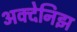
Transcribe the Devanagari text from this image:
अक्देनिझ